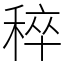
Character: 稡